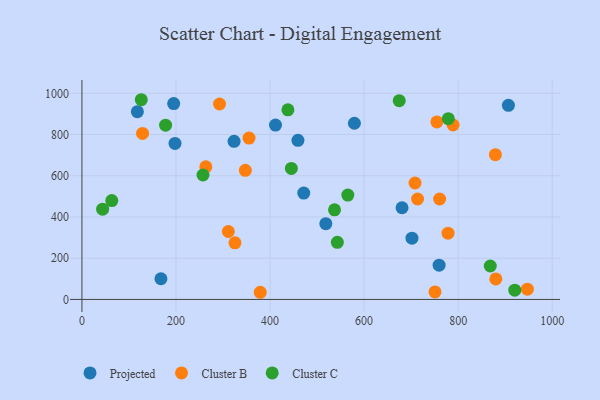
{"axis": {"x": "Speed", "y": "Demand"}, "legend": ["Cluster B", "Cluster C", "Projected"], "data": [{"x": "168.0", "y": 100.3, "type": "Projected"}, {"x": "701.8", "y": 297.3, "type": "Projected"}, {"x": "117.9", "y": 910.9, "type": "Projected"}, {"x": "680.7", "y": 444.9, "type": "Projected"}, {"x": "323.5", "y": 767.1, "type": "Projected"}, {"x": "518.6", "y": 367.5, "type": "Projected"}, {"x": "195.1", "y": 950.4, "type": "Projected"}, {"x": "197.9", "y": 756.9, "type": "Projected"}, {"x": "411.6", "y": 846.1, "type": "Projected"}, {"x": "759.5", "y": 166.3, "type": "Projected"}, {"x": "459.3", "y": 771.9, "type": "Projected"}, {"x": "906.9", "y": 941.7, "type": "Projected"}, {"x": "471.7", "y": 515.9, "type": "Projected"}, {"x": "579.4", "y": 854.8, "type": "Projected"}, {"x": "713.7", "y": 487.2, "type": "Cluster B"}, {"x": "947.2", "y": 49.9, "type": "Cluster B"}, {"x": "760.6", "y": 487.2, "type": "Cluster B"}, {"x": "754.8", "y": 861.0, "type": "Cluster B"}, {"x": "128.9", "y": 805.5, "type": "Cluster B"}, {"x": "347.5", "y": 626.2, "type": "Cluster B"}, {"x": "778.5", "y": 321.3, "type": "Cluster B"}, {"x": "708.3", "y": 564.9, "type": "Cluster B"}, {"x": "325.4", "y": 274.4, "type": "Cluster B"}, {"x": "880.1", "y": 99.7, "type": "Cluster B"}, {"x": "311.3", "y": 329.5, "type": "Cluster B"}, {"x": "292.6", "y": 948.2, "type": "Cluster B"}, {"x": "750.8", "y": 36.2, "type": "Cluster B"}, {"x": "789.2", "y": 846.2, "type": "Cluster B"}, {"x": "263.5", "y": 643.5, "type": "Cluster B"}, {"x": "379.2", "y": 34.7, "type": "Cluster B"}, {"x": "355.3", "y": 782.7, "type": "Cluster B"}, {"x": "879.2", "y": 702.5, "type": "Cluster B"}, {"x": "920.4", "y": 45.0, "type": "Cluster C"}, {"x": "868.3", "y": 162.1, "type": "Cluster C"}, {"x": "537.1", "y": 434.8, "type": "Cluster C"}, {"x": "674.7", "y": 964.3, "type": "Cluster C"}, {"x": "543.1", "y": 276.9, "type": "Cluster C"}, {"x": "565.4", "y": 506.5, "type": "Cluster C"}, {"x": "126.2", "y": 968.9, "type": "Cluster C"}, {"x": "779.1", "y": 877.2, "type": "Cluster C"}, {"x": "177.9", "y": 845.6, "type": "Cluster C"}, {"x": "445.3", "y": 635.6, "type": "Cluster C"}, {"x": "257.4", "y": 603.7, "type": "Cluster C"}, {"x": "44.0", "y": 437.8, "type": "Cluster C"}, {"x": "438.0", "y": 919.9, "type": "Cluster C"}, {"x": "63.5", "y": 479.7, "type": "Cluster C"}]}